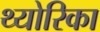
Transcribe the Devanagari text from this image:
थ्योरिका